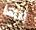
إنها